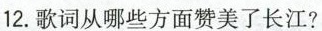
12.歌词从哪些方面赞美了长江?